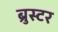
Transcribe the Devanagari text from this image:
ब्रुस्टर